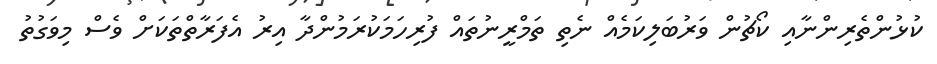
ކުޅުންތެރިންނާއި ކޯޗުން ވަރުބަލިކަމެއް ނެތި ތަމްރީނުތައް ފުރިހަމަކުރަމުންދާ އިރު އެފަރާތްތަކަށް ވެސް މިވަގުތު